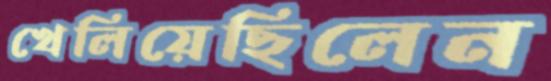
খেলিয়েছিলেন